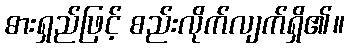
ဓားရှည်ဖြင့် စည်းလိုက်လျက်ရှိ၏။